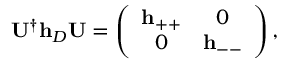
\begin{array} { r } { \mathbf { U } ^ { \dagger } \mathbf { h } _ { D } \mathbf { U } = \left( \begin{array} { c c } { \mathbf { h } _ { + + } } & { 0 } \\ { 0 } & { \mathbf { h } _ { -- } } \end{array} \right) , } \end{array}